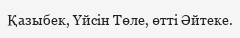
Қазыбек, Үйсін Төле, өтті Әйтеке.